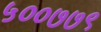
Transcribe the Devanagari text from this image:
५००७७९